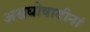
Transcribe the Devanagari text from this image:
अश्वघोषादीनां